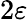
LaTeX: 2\varepsilon